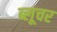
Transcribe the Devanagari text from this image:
ब्लूचर